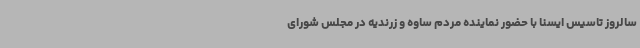
سالروز تاسیس ایسنا با حضور نماینده مردم ساوه و زرندیه در مجلس شورای